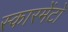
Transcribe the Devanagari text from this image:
स्कारमेंटो